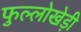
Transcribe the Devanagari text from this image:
फुल्लोखेड़ी